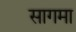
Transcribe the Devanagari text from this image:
सागमा